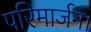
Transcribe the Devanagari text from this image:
परिमार्जन।